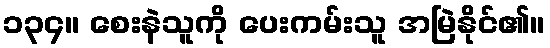
၁၃၄။ စေးနဲသူကို ပေးကမ်းသူ အမြဲနိုင်၏။